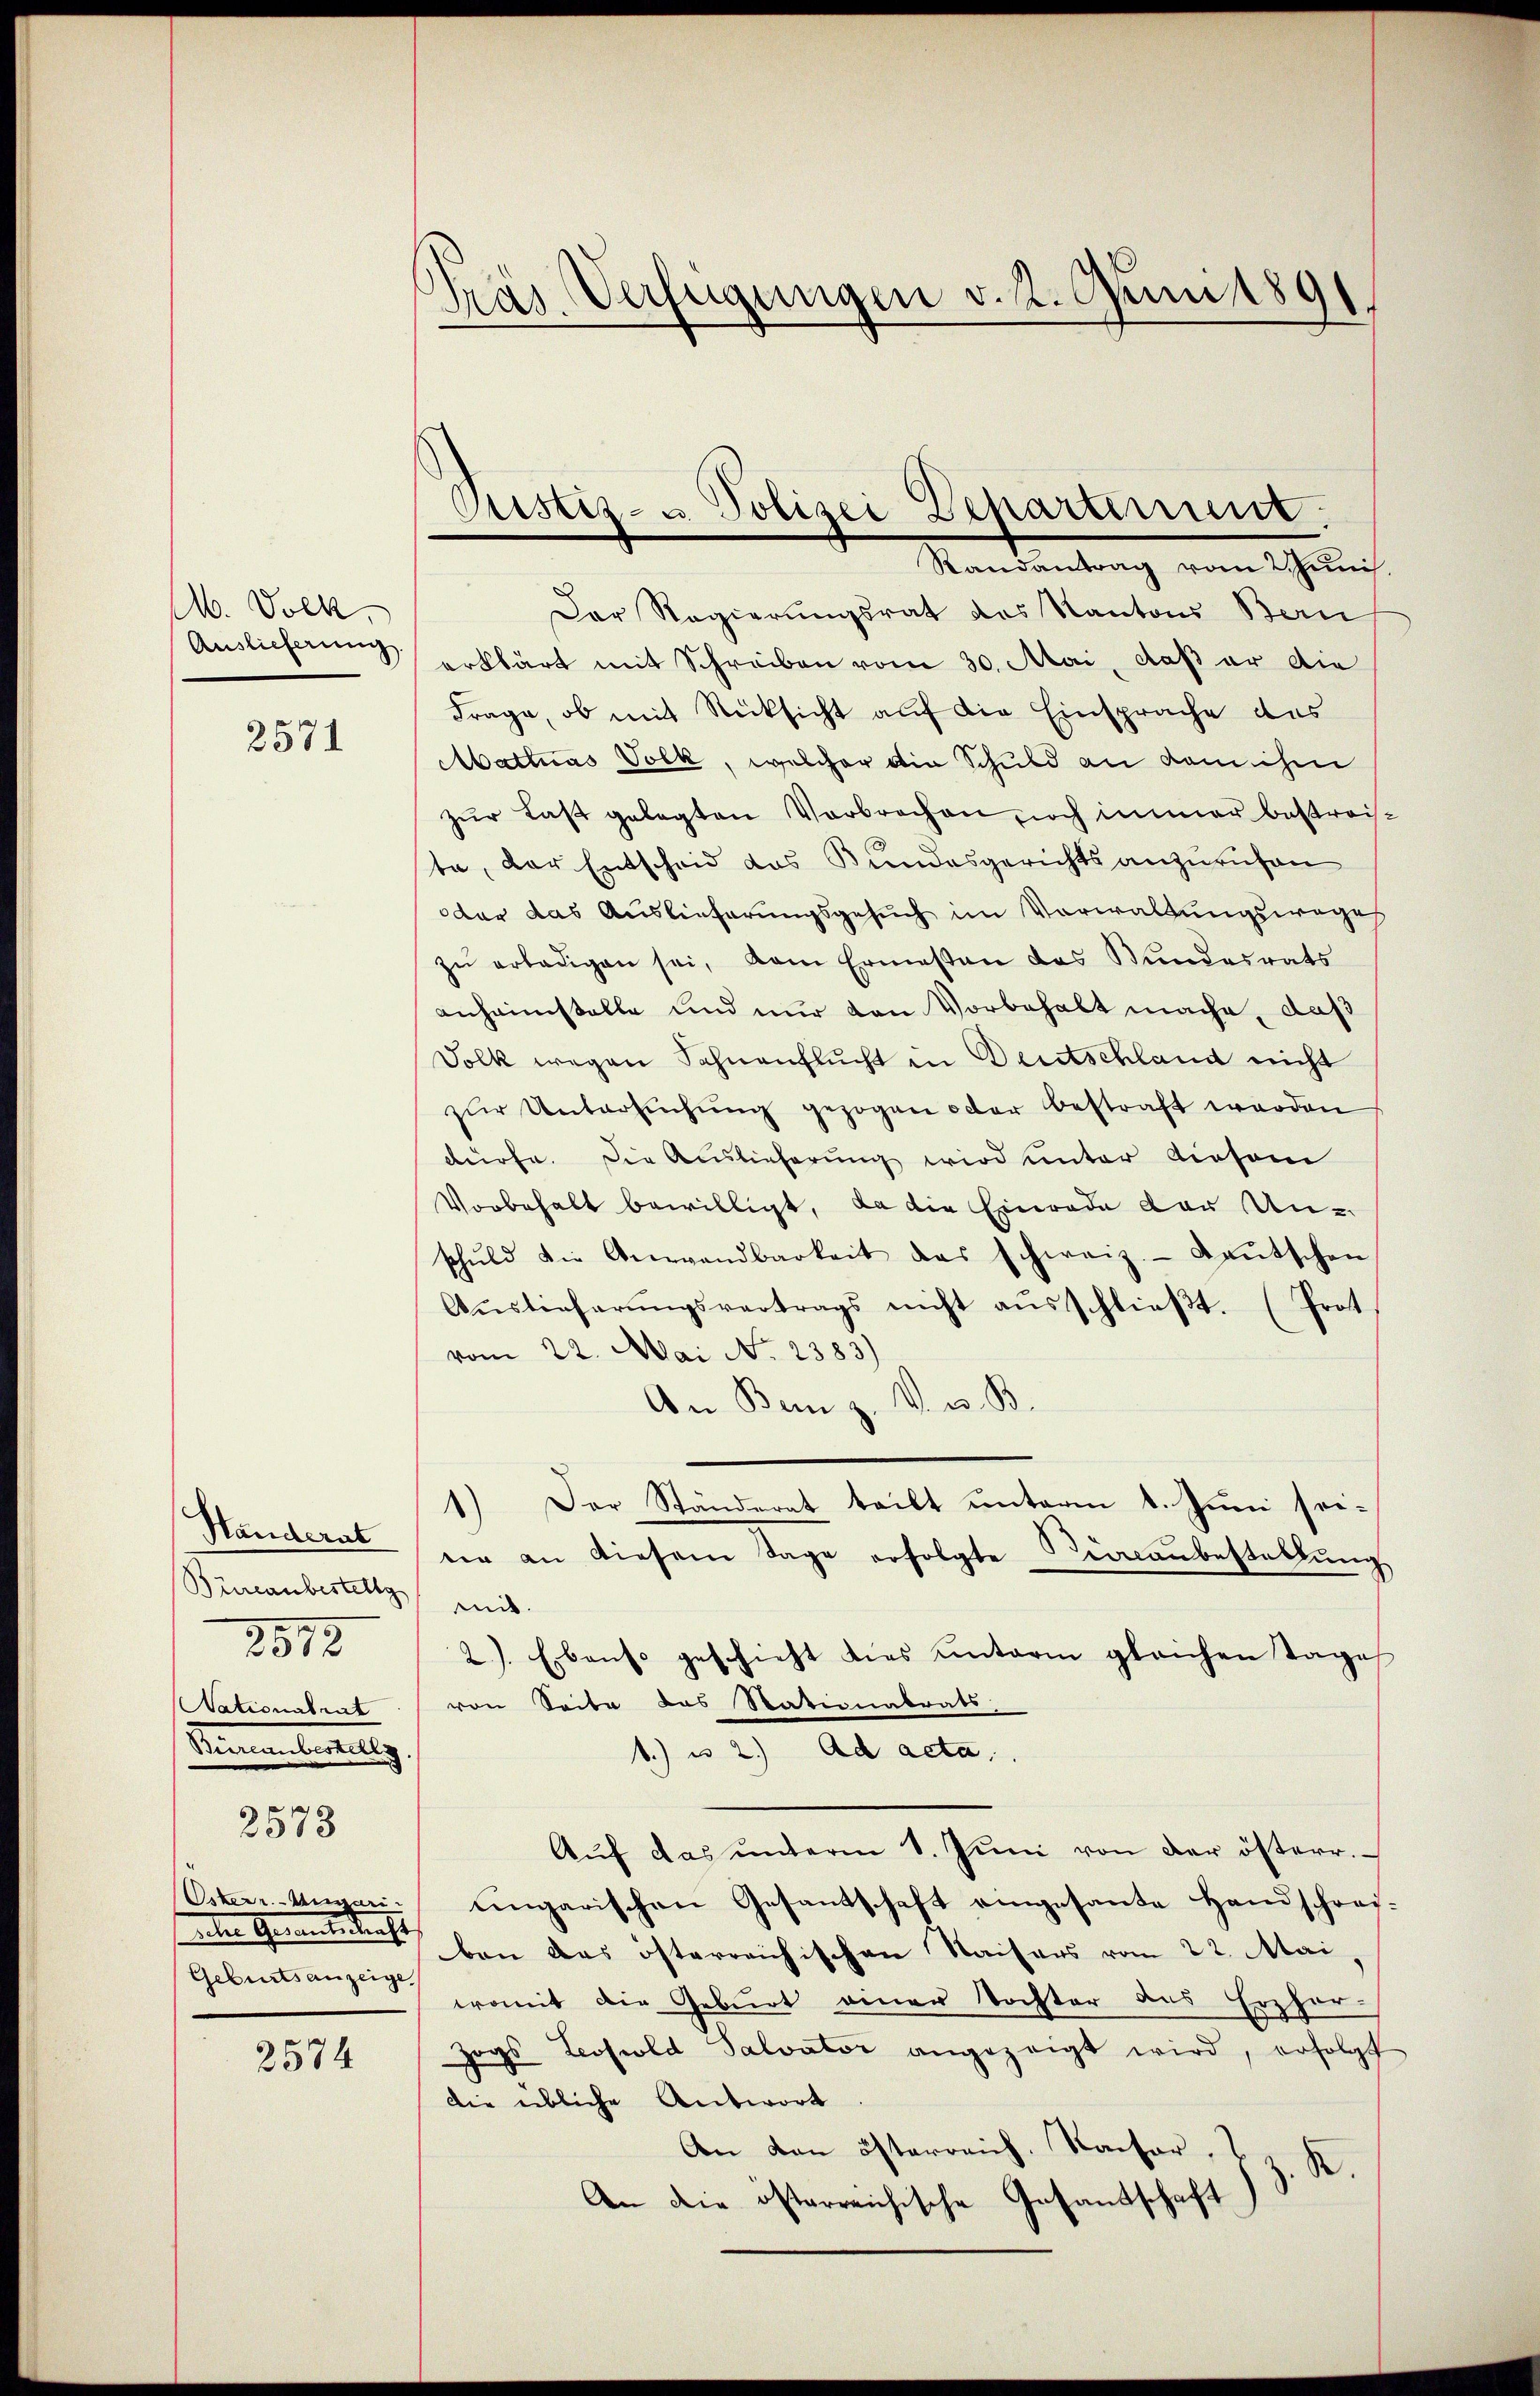
M. Volk,
Auslieferung.

2571

Händerat
Büreaubestellg
Nationalrat
Diementeilig

2812

2573

2574

Österr.-Ungari
eter Gemeindrecht
Geburtsanzeige

Träs Verfügungen v. 2. Juni 1891

Cristiz- u. Polizei Departement.
Randantrag vom 2. Juni.

Der Regierungsrat des Kantons Bern
erklärt mit Schreiben vom 30. Mai, daß er die
Frage, ob mit Rücksicht auf die Einsprache des
Mattuas Volk, welcher die Schuld an dem ihm
zŭr Last gelegten Verbrechen, noch immer bestreiste, der Entscheid das Bundesgerichts anzurufen
dar das Auslieferungsgesuch im Verwaltungsweges
zŭ erledigen sei, vom Ermessen des Bundesrats
anheimstelle und nur von Vorbehalt mache, daß
Solk wegen Schnenflucht in Deutschland nicht
zŭr Untersŭchŭng gezogen oder bestraft werden
dürfe. Die Auslieferung wird unter diesem
Vorbehalt bewilligt, da die Einrade der Unschŭld die Verandbarkeit das schweiz. Laŭtschen
Aŭstieferŭngsvertrags nicht aŭsschlieβt. (Prot
vom 22. Mai No 2383)
An Benz. V. v. B.
1.) Der Ständerat teilt unterm 1. Juni seier an diesem Tage erfolgte Siglaubestellung
mit.
2). Ebenso geschieht dies unterm gleichen Tage
von Seite das Stationalrats
1.) u 2.) ad acta.
Aŭf das ŭnterm 1. Jŭni von der österr.
ungarischen Gesandschaft eingesante Handschreiben das österreichischen Kaisers vom 22. Mai,
womit die Geburt einer Tochter des Erzher-
zogs Leopold Salvator angezeigt wird, erfolgt
die übliche Antwort
An den österreich. Kaiser,
.d.
An die österreichische Gesandschaft)